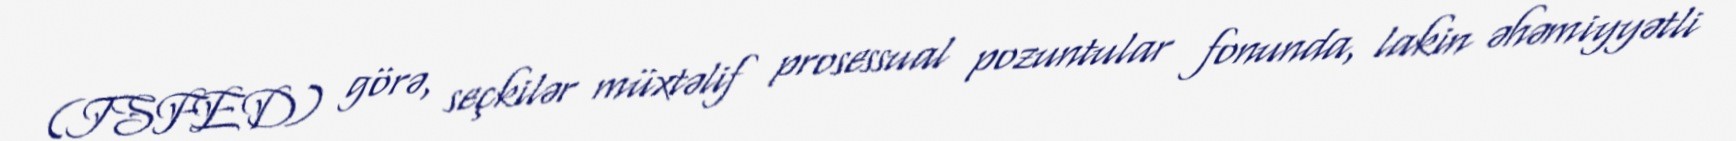
(ISFED) görə, seçkilər müxtəlif prosessual pozuntular fonunda, lakin əhəmiyyətli